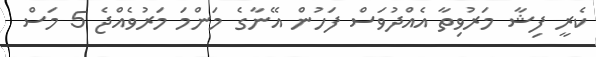
ކެރީ ފިޝާ މަރުވިތާ އެއްދުވަސް ފަހުން އޭނާގެ މަންމަ މަރުވެއްޖެ 5 މަސް